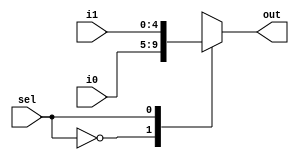
// EECE3324 Computer Architecture
// Advanced Project
// Tim Liming

// 2-to-1 MUX  (5-bit inputs)

`timescale 1ns / 1ns

module mux2to1_5bit(i0, i1, sel, out);
  
  input [4:0] i0, i1;   // input 1 and 2
  input sel;            // select bit
  output reg [4:0] out; // output
  
  // loop for mux operation
  always @ (sel or i0 or i1)
  begin
    case(sel)
      // if sel is 0...
      1'b0: begin
        // select input 1
        out <= i0;
      end
      // if sel is 1...
      1'b1: begin
        // select input 2
        out <= i1;
      end
    endcase
  end
  
endmodule